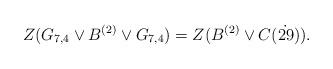
LaTeX: \begin{align*} Z(G_{7,4}\vee B^{(2)} \vee G_{7,4})=Z( B^{(2)} \vee C(\dot{29})). \end{align*}